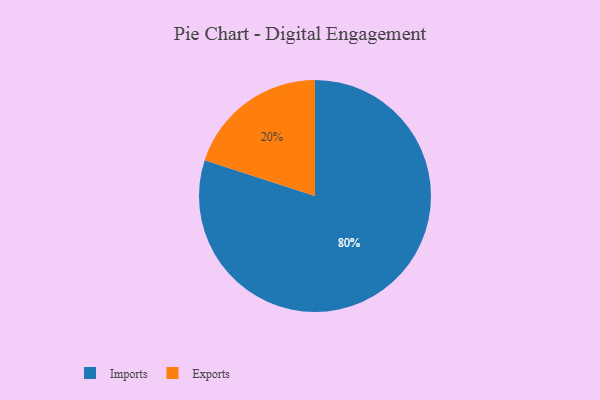
{"axis": {"x": "Category", "y": "Percentage"}, "legend": ["Exports", "Imports"], "data": [{"x": "Imports", "y": 80, "type": "Imports"}, {"x": "Exports", "y": 20, "type": "Exports"}]}